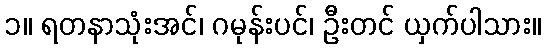
၁။ ရတနာသုံးအင်၊ ဂမုန်းပင်၊ ဦးတင် ယှက်ပါသား။